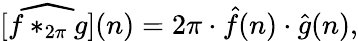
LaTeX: [{\widehat{f*_{2\pi}g}}](n)=2\pi\cdot{\hat{f}}(n)\cdot{\hat{g}}(n),